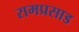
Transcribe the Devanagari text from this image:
रामप्रसाड